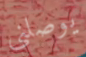
يوصلني